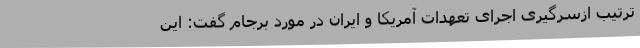
ترتیب ازسرگیری اجرای تعهدات آمریکا و ایران در مورد برجام گفت: این